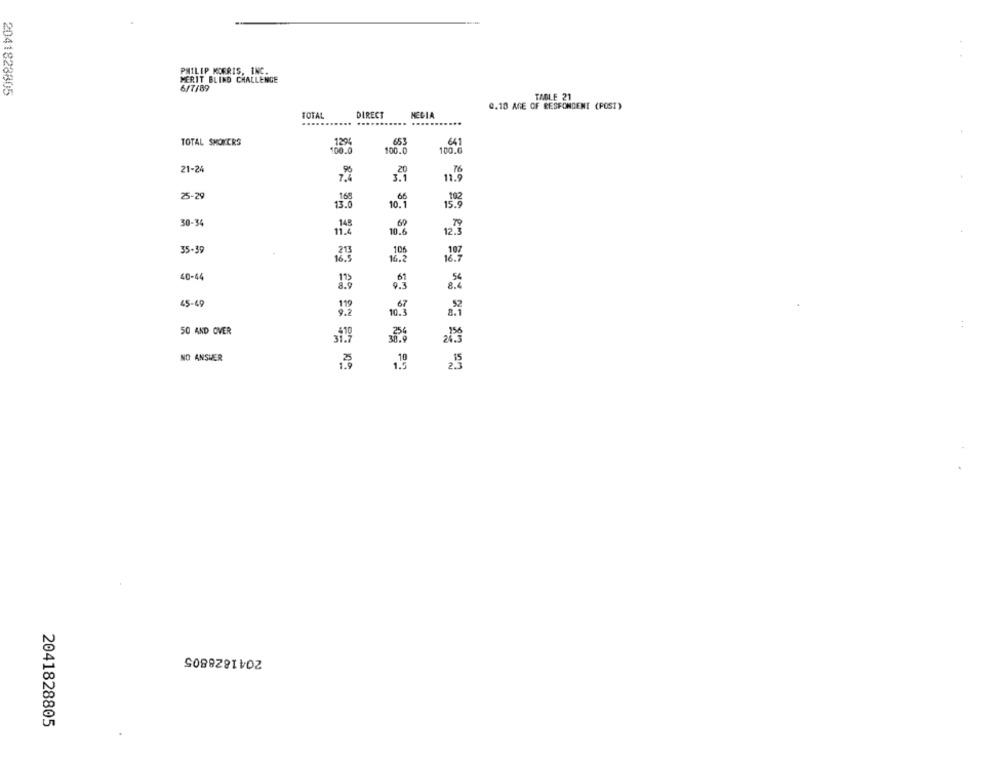
PHILIP MORRIS, INC.
MERIT BLIND CHALLENGE
2041828805
6/7/89
TAGLE 21
G.18 AGE OF RESPONDENT (POST)
TOTAL
DIRECT
NECIA
TOTAL SMOKERS
653
. 1296
100.0
100.6
21-24
3.0
25-29
13.6
10.66
15.09
30-34
12 9
10.6
35-39
106
107
16.2
16. 7
40-44
45-49
50 AND OVER
31.
24.3
NO ANSWER
2041828805
2041828805